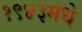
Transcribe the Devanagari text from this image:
१९४३मधे